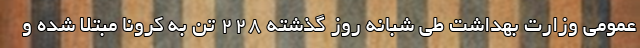
عمومی وزارت بهداشت طی شبانه روز گذشته ۲۲۸ تن به کرونا مبتلا شده و